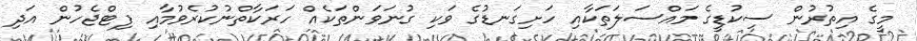
މީގެ އިތުރުން ސިކުޑީގެ މައްސަލަތަކާއި ހަށިގަނޑުގެ ވަކި ގުނަވަންތަކެއް ހަރަކާތްނުކުރެވުމާއި ފިޓްޖެހުން އަދި